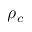
\rho _ { c }